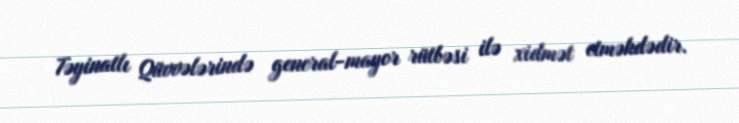
Təyinatlı Qüvvələrində general-mayor rütbəsi ilə xidmət etməkdədir.